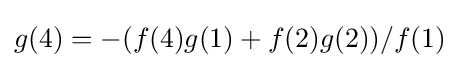
g(4)=-(f(4)g(1)+f(2)g(2))/f(1)